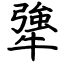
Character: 犟